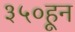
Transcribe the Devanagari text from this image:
३५०हून